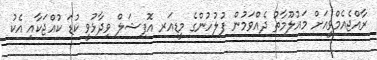
ރާއްޖެއެމްވީއަށް މައުލޫމާތު ދެއްވަމުން ފުލުހުންގެ މީޑިއަރ އޮފިޝަލް ވިދާޅުވީ ކުޑަ ކުއްޖަކާއި އެކު